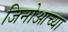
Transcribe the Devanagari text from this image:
जिनोआच्या